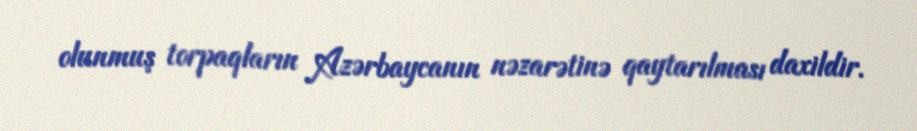
olunmuş torpaqların Azərbaycanın nəzarətinə qaytarılması daxildir.